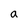
Character: a